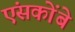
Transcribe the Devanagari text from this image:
एंसकोंबे